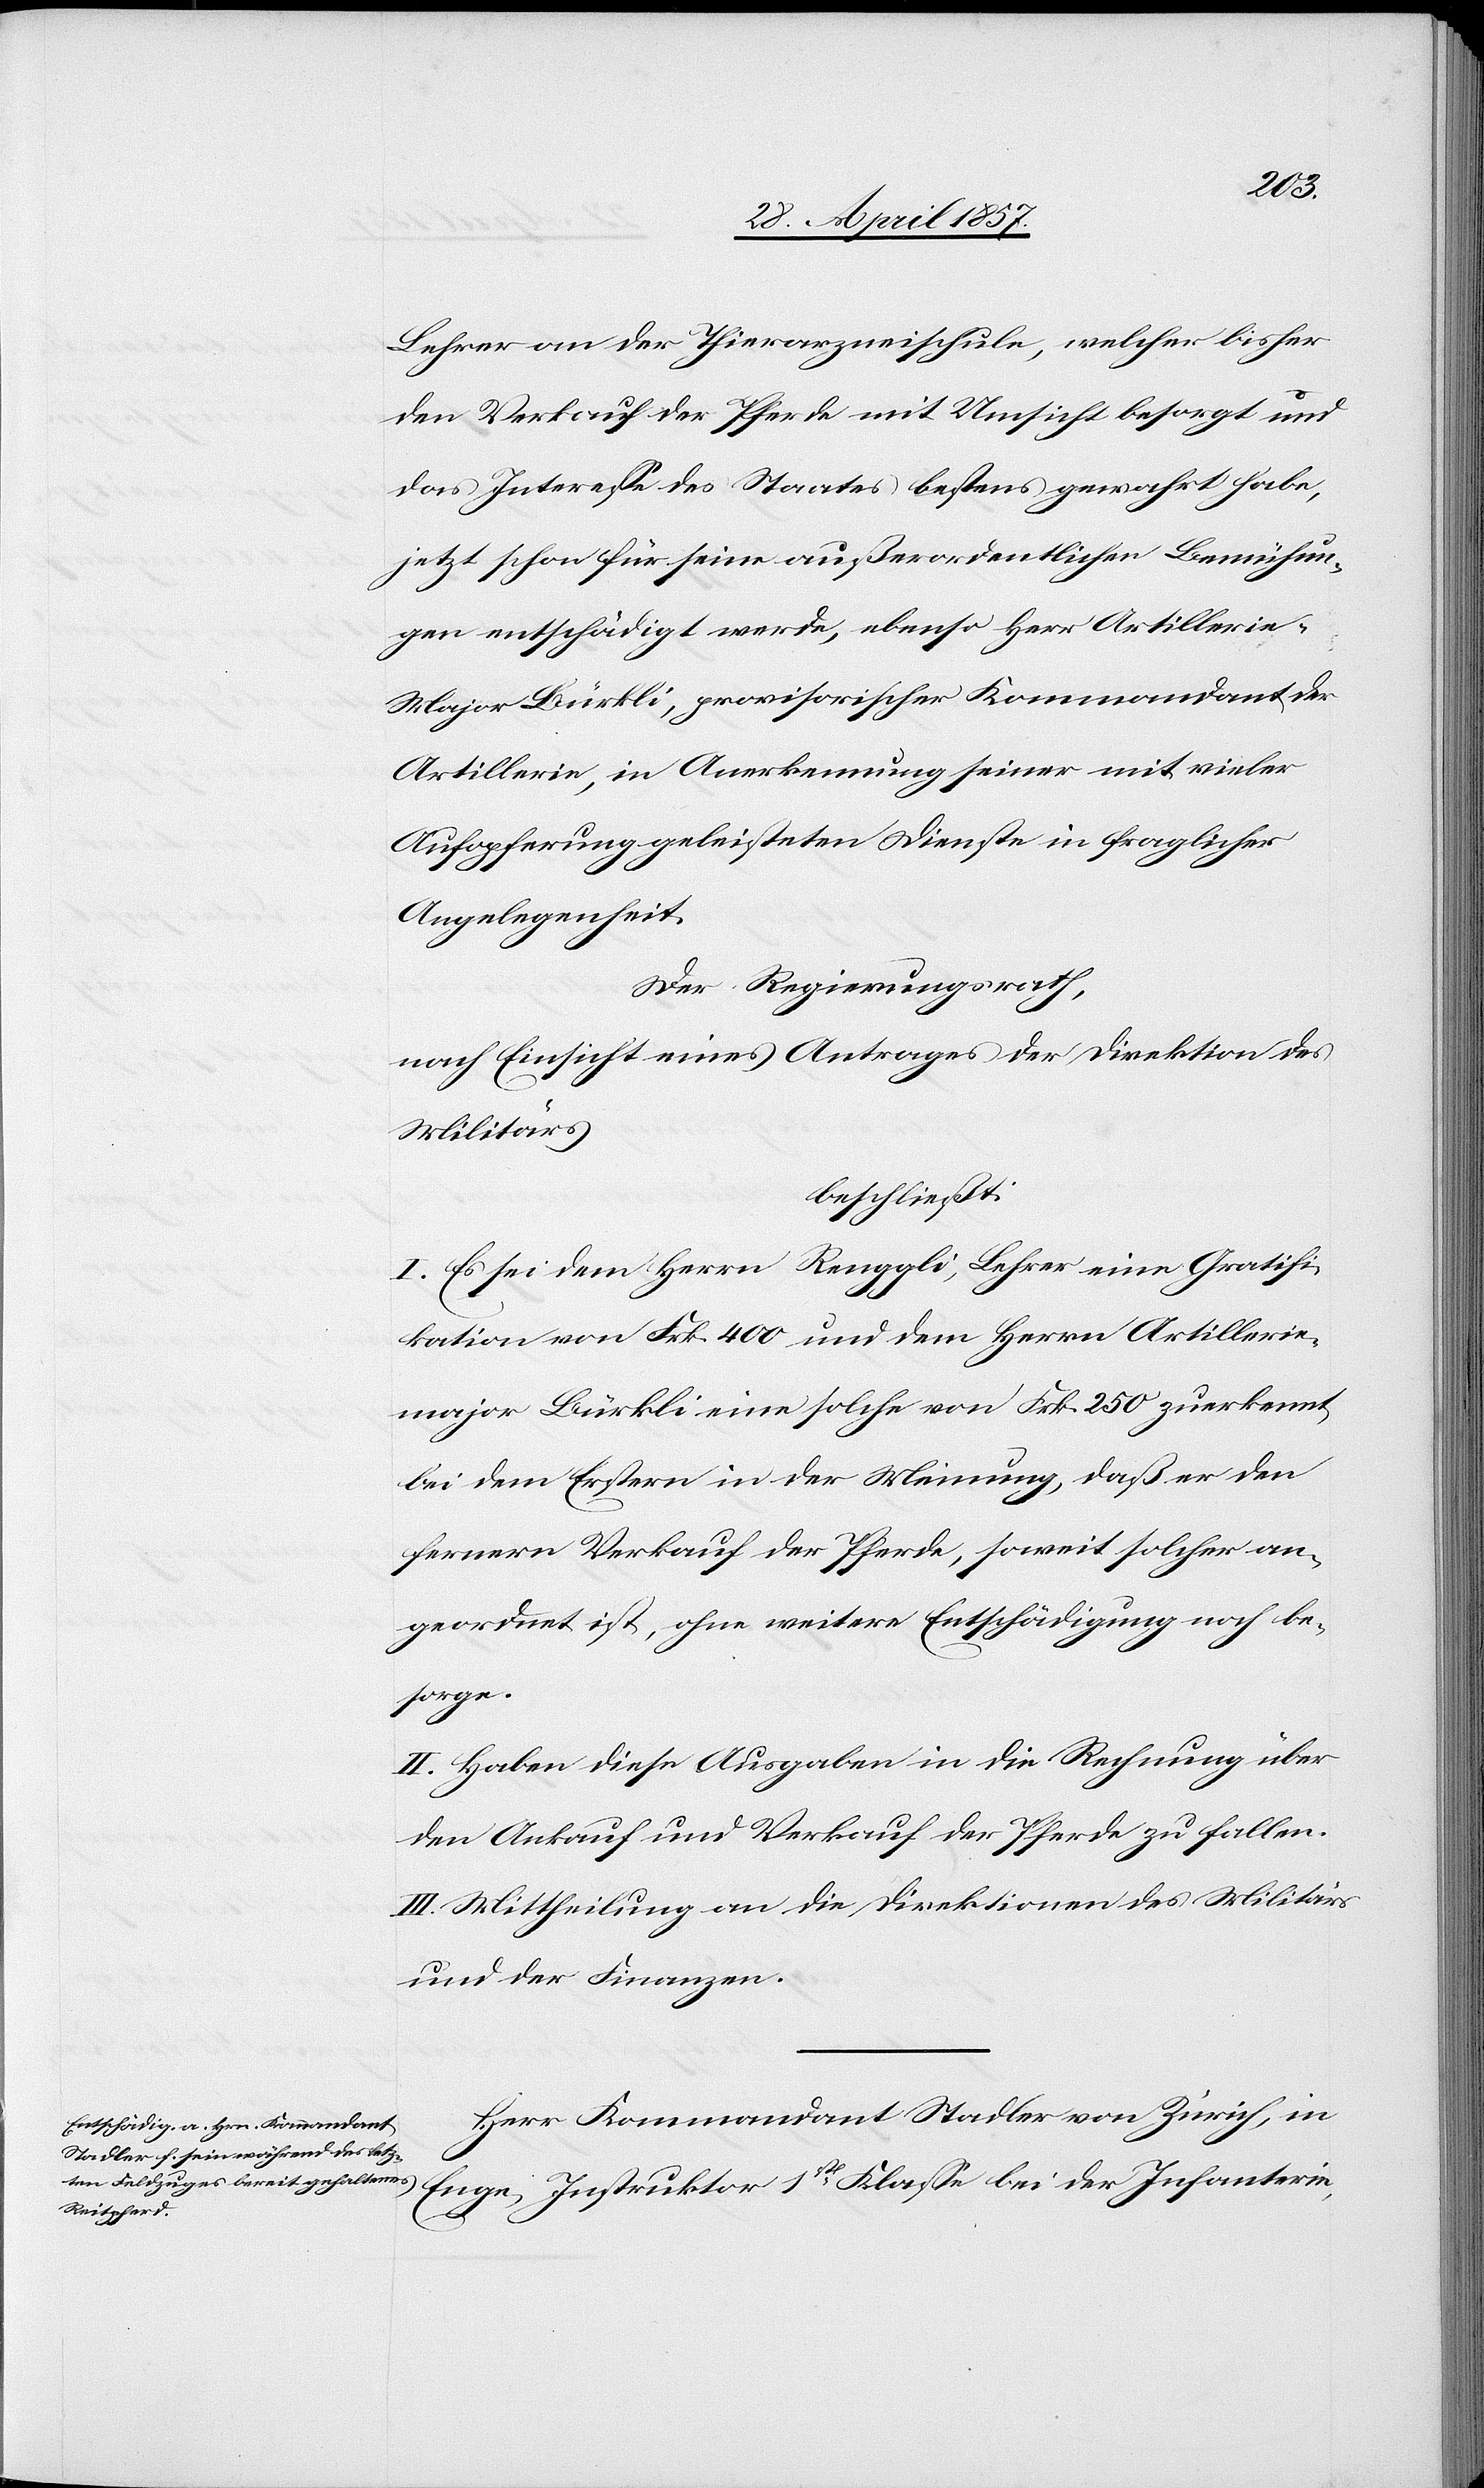
Klasse
Lehrer an der Thierarzneischule, welcher bisher
den Verkauf der Pferde mit Umsicht besorgt und
das Intereße des Staates bestens gewahrt habe,
jetzt schon für seine außerordentlichen Bemühun¬
gen entschädigt werde, ebenso Herr Artillerie-M¬
ajor Bürkli, provisorischer Kommandant der
Artillerie, in Anerkennung seiner mit vieler
Aufopferung geleisteten Dienste in fraglicher
Angelegenheit.
Der Regierungsrath,
nach Einsicht eines Antrages der Direktion des
Militärs
beschließt:
I. Es sei dem Herrn Renggli, Lehrer eine Gratifi¬
kation von Frk. 400 und dem Herrn Artillerie¬
major Bürkli eine solche von Frk. 250 zuerkennt
bei dem Erstern in der Meinung, daß er den
fernern Verkauf der Pferde, soweit solcher an¬
geordnet ist, ohne weitere Entschädigung noch be¬
bei der
II. Haben diese Ausgaben in die Rechnung über
den Ankauf und Verkauf der Pferde zu fallen.
III. Mittheilung an die Direktionen des Militärs
und der Finanzen.
Herr Kommandant Stadler von Zürich, in